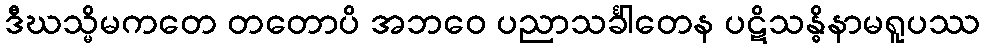
ဒီဃသ္မိမကတေ တတောပိ အဘဝေ ပညာသင်္ခါတေန ပဋိသန္ဓိနာမရူပဿ